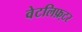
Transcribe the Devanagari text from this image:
वेटलिफ़्टर